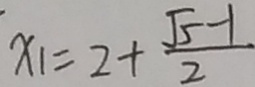
x _ { 1 } = 2 + \frac { \sqrt { 5 } - 1 } { 2 }